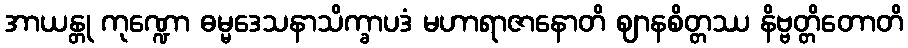
အာယန္တု ကုဏ္ဍော ဓမ္မဒေသနာသိက္ခာပဒံ မဟာရာဇာနောတိ ဈာနစိတ္တဿ နိဗ္ဗတ္တိတောတိ